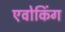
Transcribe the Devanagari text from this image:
एवोकिंग